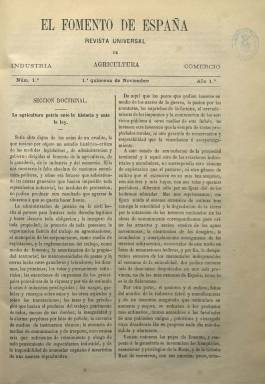
Título: El Fomento de España
Colección: Agricultura y ganadería || Industria || Economía
Ámbito geográfico: Madrid
Lugar de publicación: Madrid
Fechas: 01/11/1864-01/08/1865

Revista universal es el subtítulo de esta publicación, en cuya cabecera indica también “industria, agricultura, comercio”, aunque es al sector económico del agro y la ganadería española al que le va a dedicar su principal atención. Antonio de los Ríos Rosas (1812-1873) fue quien propuso a un entonces joven Julio Nombela (1836-1919) la fundación y dirección de esta publicación, con el objeto de “fomentar la moral, la cultura y la riqueza de España”, según la obra autobiográfica de éste: Impresiones y recuerdos (1919). El nombre de Nombela, precisamente, aparece indicado como “editor responsable” de la revista, al que Hartzenbusch (1894) le atribuye la dirección, y cuya colección en la Biblioteca Nacional de España está integrada por diecinueve entregas, desde el uno de noviembre de 1864 al uno de agosto de 1865, por lo que su vida fue casi efímera, señalando el citado Nombela las dificultades económicas para su edición, a pesar de confesar que ya su tercer número contaba con un centenar de suscriptores.

Es una revista quincenal, que aparecerá los días uno y quince de cada mes, de 16 páginas por entrega, compuesta a dos columnas y con paginación continuada, estampada en la Imprenta de T. Fortanet. Inserta grabados de mecanismos y maquinaria agrícola, como la bomba de una noria, una segadora o una guadañadora, así como planos de casas de labor. Una vez al mes incluye también una lámina de color, con animales o establecimientos de la industria rural.

Cada número comienza con una sección doctrinal, con un artículo o editorial sobre este sector de la economía, sus explotaciones y producción, cultivos, abonos, riegos o enseñanza agrícola. Otras secciones fijas son: Agricultura práctica, con la inclusión de un calendario del labrador o sobre la higiene doméstica; Industria agrícola, Mecánica, Agricultura recreativa, Miscelánea, Boletín bibliográfico y Revista comercial, con información de actualidad de los mercados, nacional y extranjeros. También dará cuenta de la Exposición Internacional de Bayona y otros certámenes agrícolas.

“Por lo no firmado” aparece el nombre, primero, de Gabriel Feliú, y, después, de Antonio Sáiz del Campo. Otras firmas de sus artículos son las del escritor agrónomo Diego Navarro y Soler, Domingo de la Vega y Ortiz, B. Landa o E. Abela. Existe una referencia documental de que en 1865 Francisco Díaz era propietario de una revista con este mismo título. Año este en el que Nombela, con dificultades económicas para seguir editando El Fomento de España, pasó a ser redactor del diario La Época, gracias a la recomendación de su amigo y protector Federico Madrazo (1815-1894).